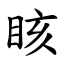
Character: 䀭